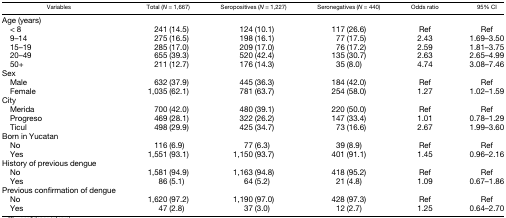
<table><thead><tr><td><b>Variables</b></td><td><b>Total (<i>N</i> = 1,667)</b></td><td><b>Seropositives (<i>N</i> = 1,227)</b></td><td><b>Seronegatives (<i>N</i> = 440)</b></td><td><b>Odds ratio</b></td><td><b>95% CI</b></td></tr></thead><tbody><tr><td>Age (years)</td><td></td><td></td><td></td><td></td><td></td></tr><tr><td> &lt; 8</td><td>241 (14.5)</td><td>124 (10.1)</td><td>117 (26.6)</td><td>Ref</td><td>Ref</td></tr><tr><td> 9–14</td><td>275 (16.5)</td><td>198 (16.1)</td><td>77 (17.5)</td><td>2.43</td><td>1.69–3.50</td></tr><tr><td> 15–19</td><td>285 (17.0)</td><td>209 (17.0)</td><td>76 (17.2)</td><td>2.59</td><td>1.81–3.75</td></tr><tr><td> 20–49</td><td>655 (39.3)</td><td>520 (42.4)</td><td>135 (30.7)</td><td>2.63</td><td>2.65–4.99</td></tr><tr><td> 50+</td><td>211 (12.7)</td><td>176 (14.3)</td><td>35 (8.0)</td><td>4.74</td><td>3.08–7.46</td></tr><tr><td>Sex</td><td></td><td></td><td></td><td></td><td></td></tr><tr><td> Male</td><td>632 (37.9)</td><td>445 (36.3)</td><td>184 (42.0)</td><td>Ref</td><td>Ref</td></tr><tr><td> Female</td><td>1,035 (62.1)</td><td>781 (63.7)</td><td>254 (58.0)</td><td>1.27</td><td>1.02–1.59</td></tr><tr><td>City</td><td></td><td></td><td></td><td></td><td></td></tr><tr><td> Merida</td><td>700 (42.0)</td><td>480 (39.1)</td><td>220 (50.0)</td><td>Ref</td><td>Ref</td></tr><tr><td> Progreso</td><td>469 (28.1)</td><td>322 (26.2)</td><td>147 (33.4)</td><td>1.01</td><td>0.78–1.29</td></tr><tr><td> Ticul</td><td>498 (29.9)</td><td>425 (34.7)</td><td>73 (16.6)</td><td>2.67</td><td>1.99–3.60</td></tr><tr><td>Born in Yucatan</td><td></td><td></td><td></td><td></td><td></td></tr><tr><td> No</td><td>116 (6.9)</td><td>77 (6.3)</td><td>39 (8.9)</td><td>Ref</td><td>Ref</td></tr><tr><td> Yes</td><td>1,551 (93.1)</td><td>1,150 (93.7)</td><td>401 (91.1)</td><td>1.45</td><td>0.96–2.16</td></tr><tr><td>History of previous dengue</td><td></td><td></td><td></td><td></td><td></td></tr><tr><td> No</td><td>1,581 (94.9)</td><td>1,163 (94.8)</td><td>418 (95.2)</td><td>Ref</td><td>Ref</td></tr><tr><td> Yes</td><td>86 (5.1)</td><td>64 (5.2)</td><td>21 (4.8)</td><td>1.09</td><td>0.67–1.86</td></tr><tr><td>Previous confirmation of dengue</td><td></td><td></td><td></td><td></td><td></td></tr><tr><td> No</td><td>1,620 (97.2)</td><td>1,190 (97.0)</td><td>428 (97.3)</td><td>Ref</td><td>Ref</td></tr><tr><td> Yes</td><td>47 (2.8)</td><td>37 (3.0)</td><td>12 (2.7)</td><td>1.25</td><td>0.64–2.70</td></tr></tbody></table>